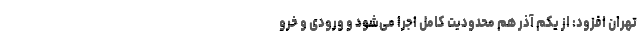
تهران افزود: از یکم آذر هم محدودیت کامل اجرا می‌شود و ورودی و خرو